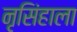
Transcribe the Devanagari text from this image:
नृसिंहाला